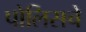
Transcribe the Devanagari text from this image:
पोलिसचे